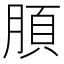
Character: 䐓